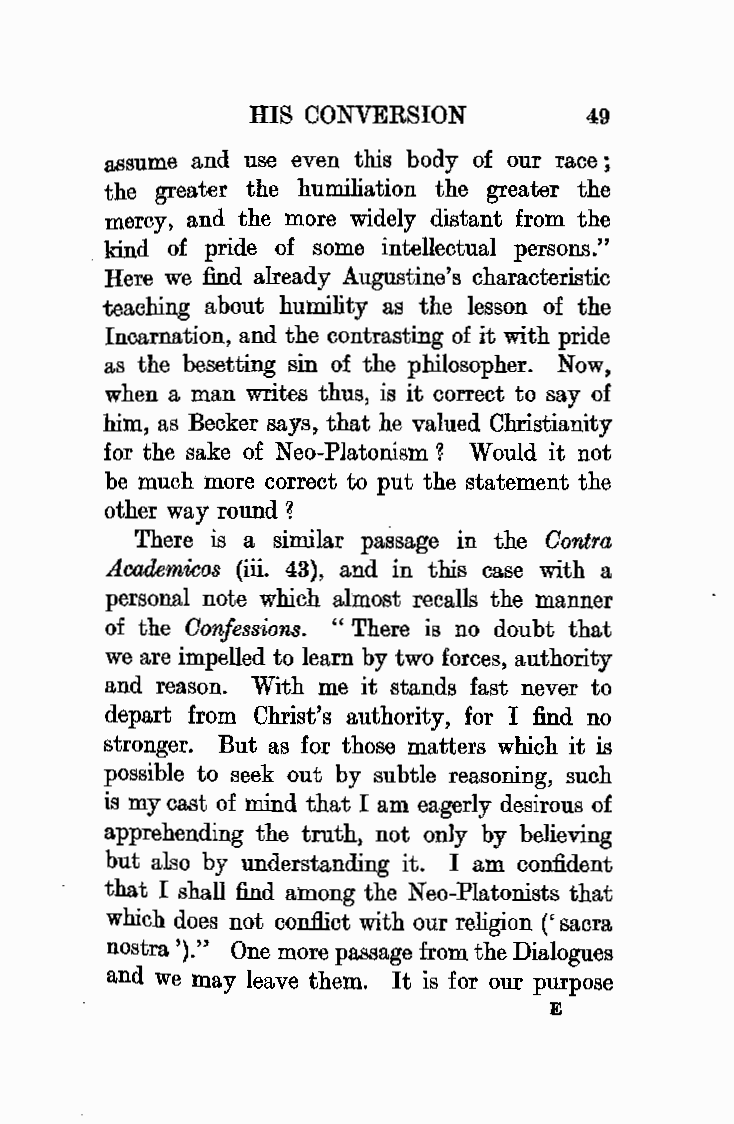
HIS CONVERSION        49
 assume and use even this body of our race;
 the greater the humiliation the greater the
 mercy, and the more widely distant from the
 kind of pride of some intellectual persons."
 Here we find already Augustine's characteristic
 teaching a bout humility as the lesson of the
 Incarnation, and the contrasting of it with pride
 as the besetting sin of the philosopher. Now,
 when a man writes thus, is it correct to say of
 him, as Becker says, that he valued Christianity
 for the sake of Neo-Platonism? Would it not
 be much more correct to put the statement the
 other way round?
 There is a similar passage in the Contra
 Academicos (iii. 43), and in this case with a
 personal note which almost recalls the manner
 of the Oonfe ssions. " There is no doubt that
 we are impelled to learn by two forces, authority
 and reason. With me it stands fast never to
 depart from Christ's authority, for I find no
 stronger. But as for those matters which it is
 possible to seek out by subtle reasoning, such
 is my cast of mind that I am eagerly desirous of
 apprehending the truth, not on]y by believing
 but also by understanding it. I am confident
 that I shall find among the Neo-Platonists that
 which does not conflict with our religion (' sacra
 nostra ')." One more passage from the Dialogues
 and we may leave them. It is for our purpose
 E